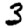
Digit: 3